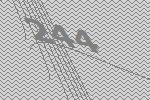
244